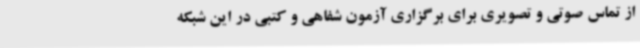
از تماس صوتی و تصویری برای برگزاری آزمون شفاهی و کتبی در این شبکه